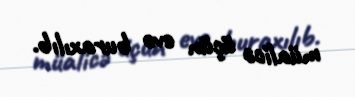
müalicə üçün evə buraxılıb.